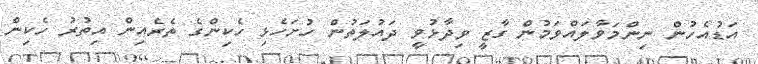
އަޑުއެހުން ނިންމަވާލައްވަމުން ގާޒީ ވިދާޅުވީ ދައުލަތުން ހުށަހެޅި ހެކިންގެ ތެރެއިން އިތުރު ހެކިން